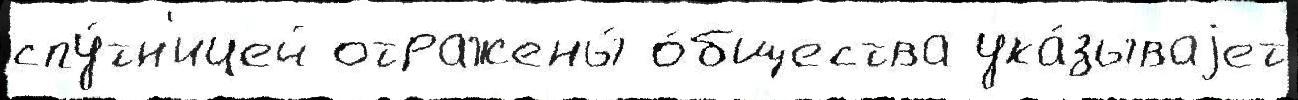
спу́тн'ицей отражены́ о́бщества ука́зываjет